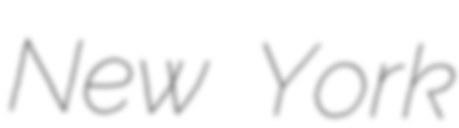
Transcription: New York